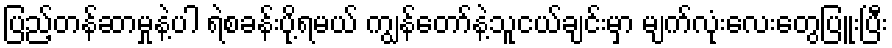
ပြည့်တန်ဆာမှုနဲ့ပါ ရဲစခန်းပို့ရမယ် ကျွန်တော်နဲ့သူငယ်ချင်းမှာ မျက်လုံးလေးတွေပြူးပြီး